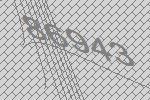
86943